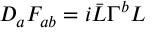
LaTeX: D _ { a } F _ { a b } = i \bar { L } \Gamma ^ { b } L